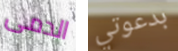
الدمى بدعوتي